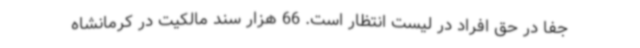
جفا در حق افراد در لیست انتظار است. 66 هزار سند مالکیت در کرمانشاه